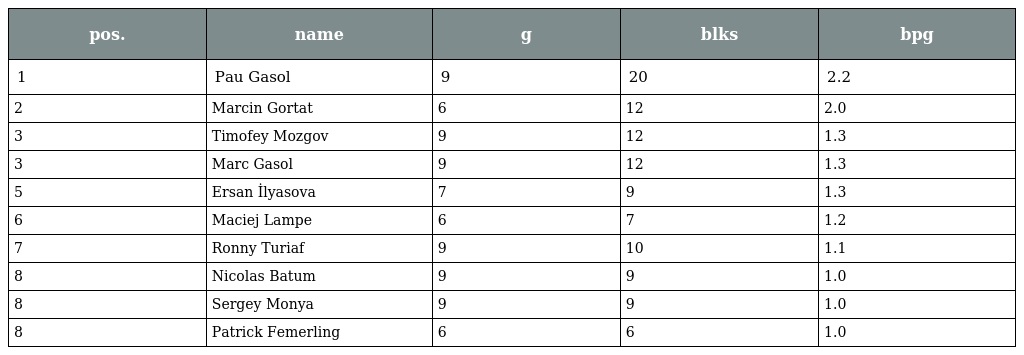
| pos. | name | g | blks | bpg |
 | --- | --- | --- | --- | --- |
 | 1 | Pau Gasol | 9 | 20 | 2.2 |
 | 2 | Marcin Gortat | 6 | 12 | 2.0 |
 | 3 | Timofey Mozgov | 9 | 12 | 1.3 |
 | 3 | Marc Gasol | 9 | 12 | 1.3 |
 | 5 | Ersan İlyasova | 7 | 9 | 1.3 |
 | 6 | Maciej Lampe | 6 | 7 | 1.2 |
 | 7 | Ronny Turiaf | 9 | 10 | 1.1 |
 | 8 | Nicolas Batum | 9 | 9 | 1.0 |
 | 8 | Sergey Monya | 9 | 9 | 1.0 |
 | 8 | Patrick Femerling | 6 | 6 | 1.0 |